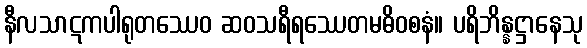
နီလသာဋကပါရုတဿေဝ ဆဝသရီရဿေတမဓိဝစနံ။ ပရိဘိန္နဋ္ဌာနေသု